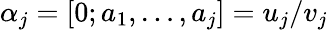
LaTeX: \alpha_{j}=[0;a_{1},\ldots,a_{j}]=u_{j}/v_{j}